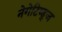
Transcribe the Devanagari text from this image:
नेगेटिव्ह्ज